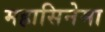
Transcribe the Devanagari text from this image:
महासिनेमा